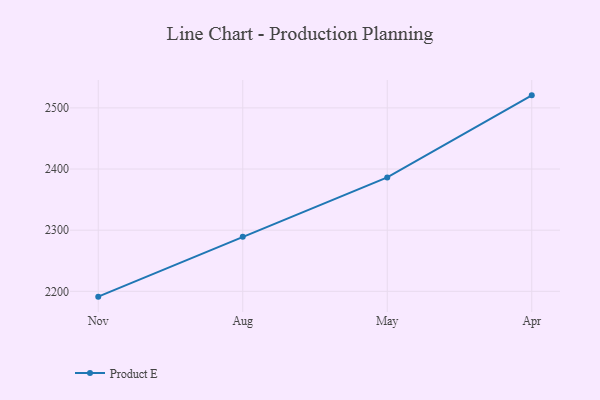
{"axis": {"x": "Month", "y": "Active Users"}, "legend": ["Product E"], "data": [{"x": "Nov", "y": 2191.3, "type": "Product E"}, {"x": "Aug", "y": 2289.3, "type": "Product E"}, {"x": "May", "y": 2386.2, "type": "Product E"}, {"x": "Apr", "y": 2520.5, "type": "Product E"}]}